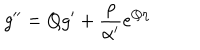
LaTeX: g ^ { \prime \prime } = Q g ^ { \prime } + \frac { \rho } { \alpha ^ { \prime } } e ^ { Q \eta }